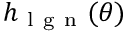
h _ { \mathrm { ~ l ~ g ~ n ~ } } ( \theta )